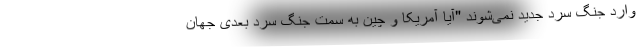
وارد جنگ سرد جدید نمی‌شوند "آیا آمریکا و چین به سمت جنگ سرد بعدی جهان